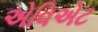
એવિએટ